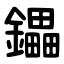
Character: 鑘